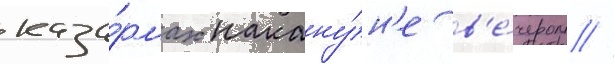
каза́рмах накану́н'е в'е́чером //